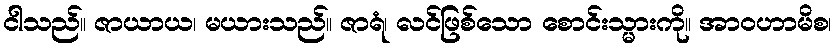
ငါသည်။ ဇာယာယ၊ မယားသည်။ ဇာရံ၊ လင်ဖြစ်သော စောင်းသ္မားကို။ အာဝဟာမိစ၊